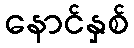
နောင်နှစ်